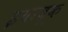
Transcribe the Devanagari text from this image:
इयरबूक